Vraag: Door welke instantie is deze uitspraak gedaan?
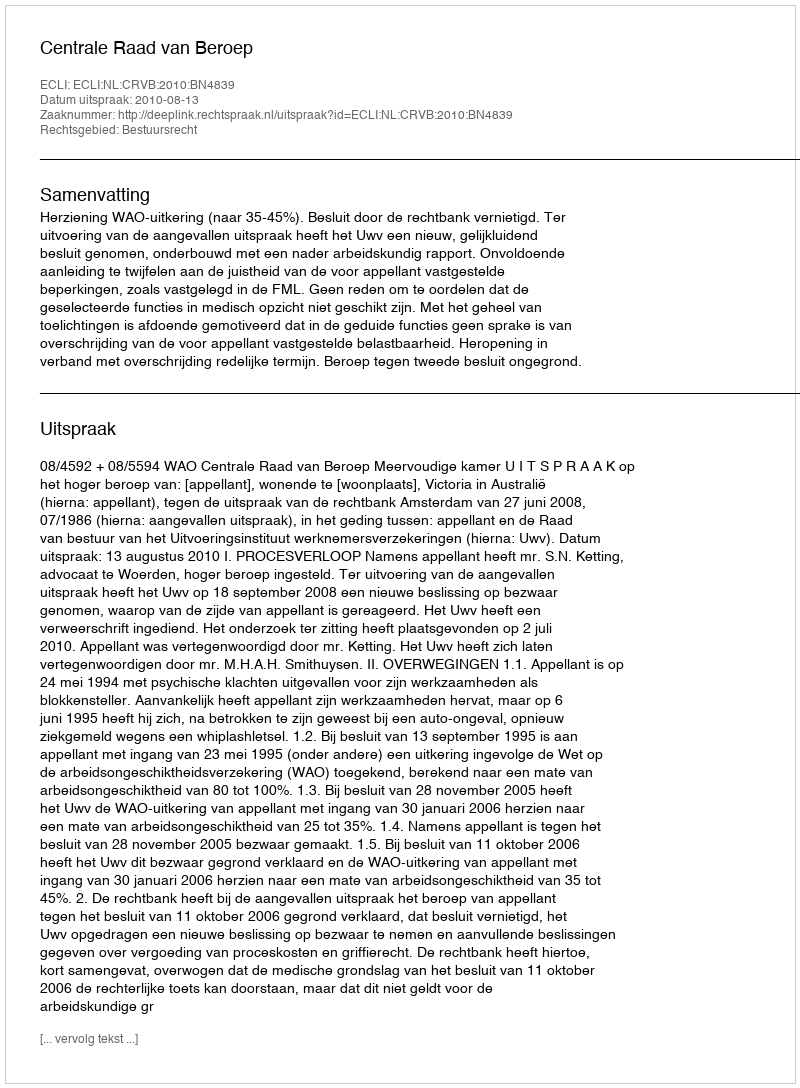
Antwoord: Centrale Raad van Beroep